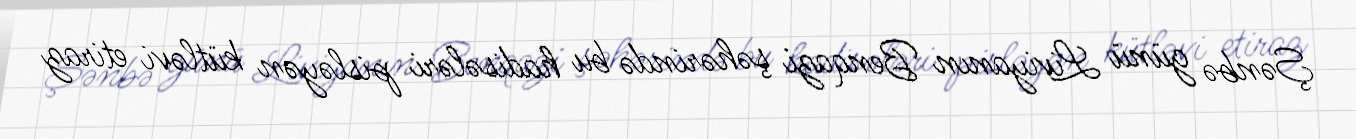
Şənbə günü Liviyanın Benqazi şəhərində bu hadisələri pisləyən kütləvi etiraz